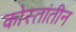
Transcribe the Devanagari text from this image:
कोस्तांतीन